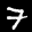
Label: 7